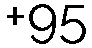
+95